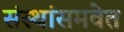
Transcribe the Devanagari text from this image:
संस्थांसमवेत